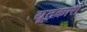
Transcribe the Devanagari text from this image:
द्यूतकारी